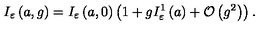
I _ { \varepsilon } \left( a , g \right) = I _ { \varepsilon } \left( a , 0 \right) \left( 1 + g I _ { \varepsilon } ^ { 1 } \left( a \right) + { \cal O } \left( g ^ { 2 } \right) \right) .